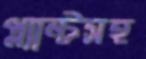
প্ল্যান্টসহ